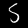
Label: 5